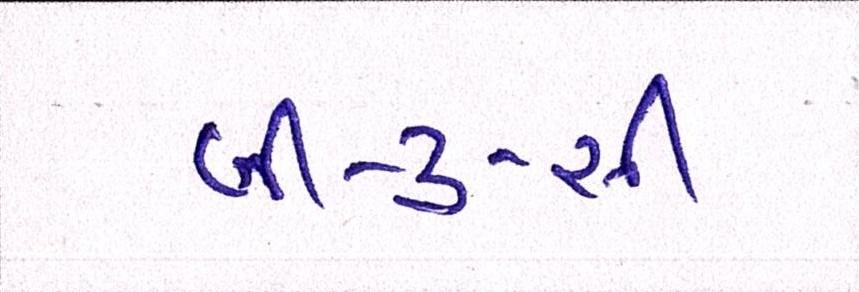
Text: બી-ટુ-સી